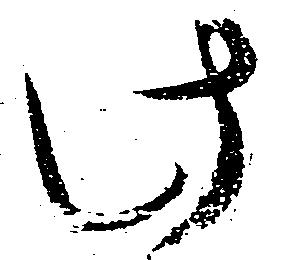
此